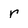
Character: r